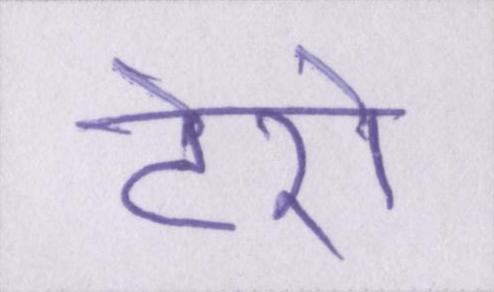
टेरो